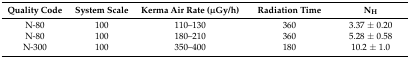
<table><thead><tr><td><b>Quality Code</b></td><td><b>System Scale</b></td><td><b>Kerma Air Rate (μGy/h)</b></td><td><b>Radiation Time</b></td><td><b>N<sub>H</sub></b></td></tr></thead><tbody><tr><td>N-80</td><td>100</td><td>110–130</td><td>360</td><td>3.37 ± 0.20</td></tr><tr><td>N-80</td><td>100</td><td>180–210</td><td>360</td><td>5.28 ± 0.58</td></tr><tr><td>N-300</td><td>100</td><td>350–400</td><td>180</td><td>10.2 ± 1.0</td></tr></tbody></table>